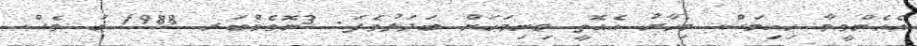
އެހެންވީމާ ހިކިމަސް މިހާރު އެއޮތީ މިނިމަހަށް ބަދަލުވެފަ. 3ނޮވެމްބަރ 1988 ގަ ވެސް